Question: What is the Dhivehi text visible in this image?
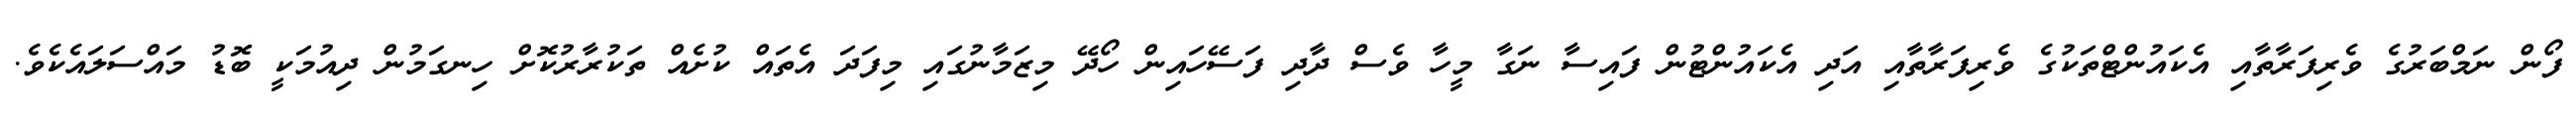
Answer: ފޯން ނަމްބަރުގެ ވެރިފަރާތާއި އެކައުންޓްތަކުގެ ވެރިފަރާތާއި އަދި އެކައުންޓުން ފައިސާ ނަގާ މީހާ ވެސް ދާދި ފަސޭހައިން ހޯދޭ މިޒަމާނުގައި މިފަދަ އެތައް ކުށެއް ތަކުރާރުކޮށް ހިނގަމުން ދިއުމަކީ ބޮޑު މައްސަލައެކެވެ.